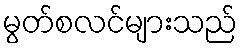
မွတ်စလင်များသည်